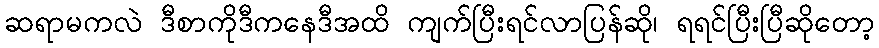
ဆရာမကလဲ ဒီစာကိုဒီကနေဒီအထိ ကျက်ပြီးရင်လာပြန်ဆို၊ ရရင်ပြီးပြီဆိုတော့